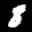
Label: 8